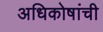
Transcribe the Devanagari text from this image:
अधिकोषांची